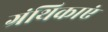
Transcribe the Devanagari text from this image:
ग्रंथिकाएं